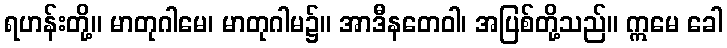
ရဟန်းတို့။ မာတုဂါမေ၊ မာတုဂါမ၌။ အာဒီနတေဝါ၊ အပြစ်တို့သည်။ ဣမေ ခေါ